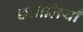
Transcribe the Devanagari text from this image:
छतौलियाँ